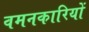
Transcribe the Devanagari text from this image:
वमनकारियों